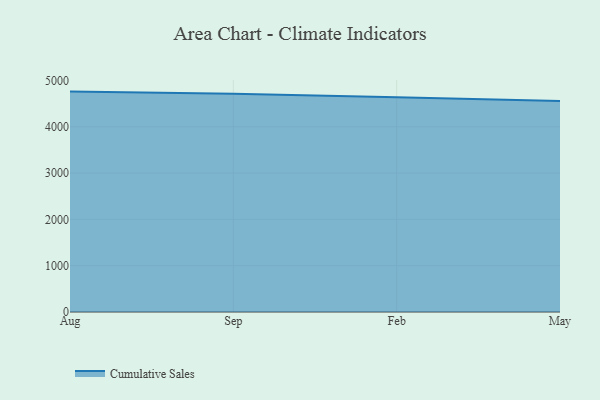
{"axis": {"x": "Month", "y": "Latency (ms)"}, "legend": ["Cumulative Sales"], "data": [{"x": "Aug", "y": 4759.8, "type": "Cumulative Sales"}, {"x": "Sep", "y": 4713.7, "type": "Cumulative Sales"}, {"x": "Feb", "y": 4635.7, "type": "Cumulative Sales"}, {"x": "May", "y": 4556.8, "type": "Cumulative Sales"}]}